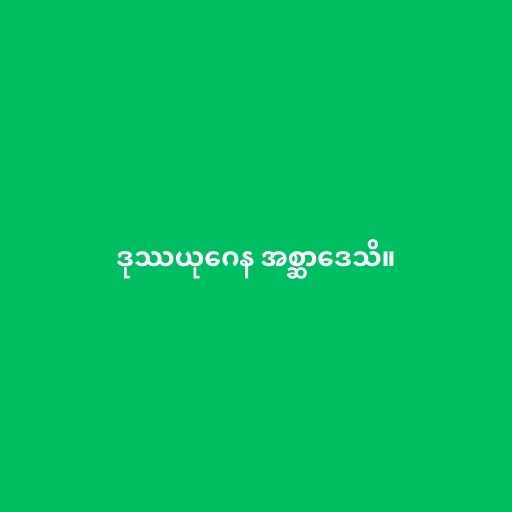
ဒုဿယုဂေန အစ္ဆာဒေသိ။